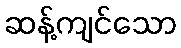
ဆန့်ကျင်သော